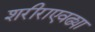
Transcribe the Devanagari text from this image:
शरीराएवढ्या